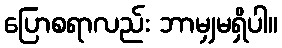
ပြောစရာလည်း ဘာမျှမရှိပါ။